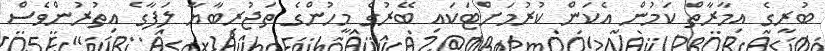
ބުރީގެ އިމާރާތް ކަމުން އެކަން ކުރުމަށްޓަކައި ބޭރުގެ މީހުންގެ ތަޖުރިބާޔާ ލަފާގެ އިތުރުންވެސް